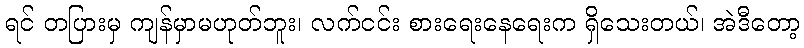
ရင် တပြားမှ ကျန်မှာမဟုတ်ဘူး၊ လက်ငင်း စားရေးနေရေးက ရှိသေးတယ်၊ အဲဒီတော့